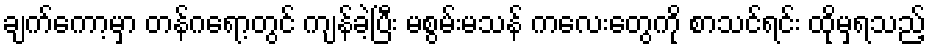
ချက်ကော့မှာ တန်ဂရော့တွင် ကျန်ခဲ့ပြီး မစွမ်းမသန် ကလေးတွေကို စာသင်ရင်း ထိုမှရသည့်